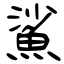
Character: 鯊